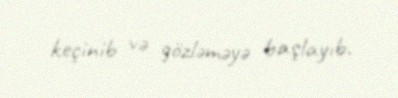
keçinib və gözləməyə başlayıb.